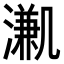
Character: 𣽳